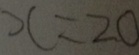
x = 2 0